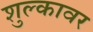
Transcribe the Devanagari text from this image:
शुल्कावर